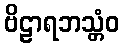
ဗိဠာရဘသ္တံဝ